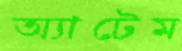
অ্যাটেম